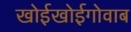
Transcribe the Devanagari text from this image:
खोईखोईगोवाब